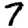
Digit: 7